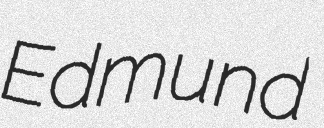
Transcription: Edmund